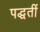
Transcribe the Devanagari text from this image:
पद्धतीं